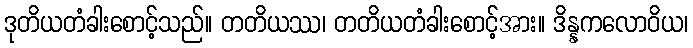
ဒုတိယတံခါးစောင့်သည်။ တတိယဿ၊ တတိယတံခါးစောင့်အား။ ဒိန္နကလောဝိယ၊